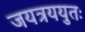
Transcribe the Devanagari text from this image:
जयत्रययुतः